Civil Veterinary Dept. North-West Frontier Province 1923-32 - 1923-1932
Year: 1923
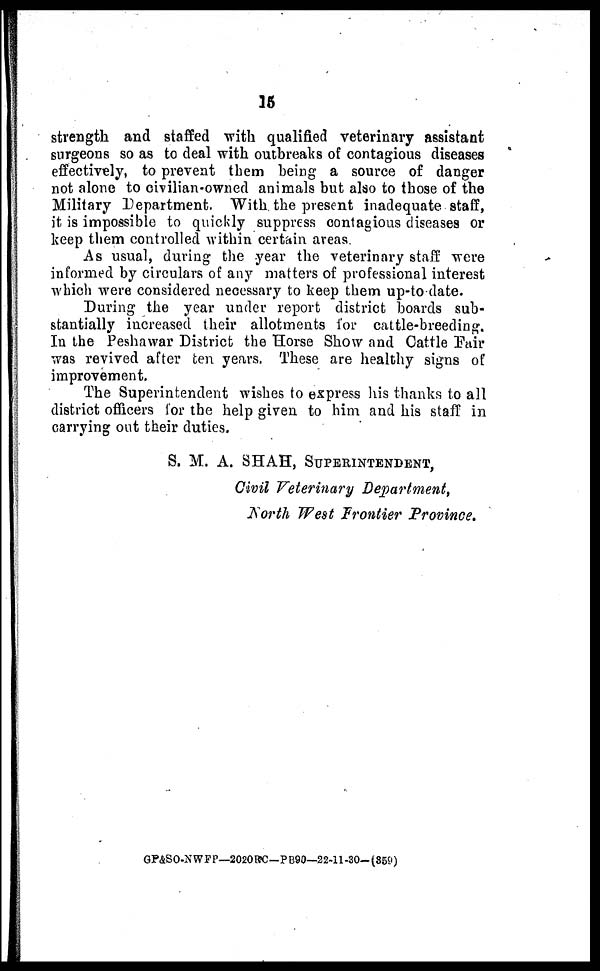
15
strength and staffed with qualified veterinary assistant
surgeons so as to deal with outbreaks of contagious diseases
effectively, to prevent them being a source of danger
not alone to civilian-owned animals but also to those of the
Military Department. With the present inadequate staff,
it is impossible to quickly suppress contagious diseases or
keep them controlled within certain areas.
As usual, during the year the veterinary staff were
informed by circulars of any matters of professional interest
which were considered necessary to keep them up-to date.
During the year under report district boards sub-
stantially increased their allotments for cattle-breeding.
In the Peshawar District the Horse Show and Cattle Fair
was revived after ten years. These are healthy signs of
improvement.
The Superintendent wishes to express his thanks to all
district officers for the help given to him and his staff in
carrying out their duties.
S. M. A. SHAH, SUPERINTENDENT,
Civil Veterinary Department,
North West Frontier Province.
GP&SO-NWFP—2020 RC—PB90—22-11-30—(359)